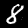
Label: 8